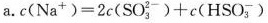
a.$$c ( N a ^ { + } ) = 2 c ( S O _ { 3 } ^ { - } ) + c ( H S O _ { 3 } ^ { - } )$$